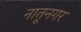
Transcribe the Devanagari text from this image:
नातूनगर